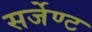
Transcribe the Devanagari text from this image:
सर्जेण्ट